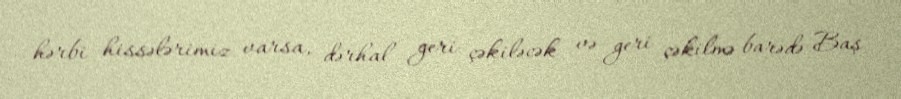
hərbi hissələrimiz varsa, dərhal geri çəkiləcək və geri çəkilmə barədə Baş